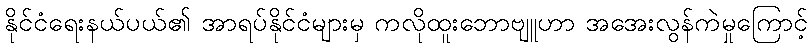
နိုင်ငံရေးနယ်ပယ်၏ အာရပ်နိုင်ငံများမှ ကလိုထူးဘောဗျူဟာ အအေးလွန်ကဲမှုကြောင့်